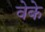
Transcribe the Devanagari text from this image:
वेके